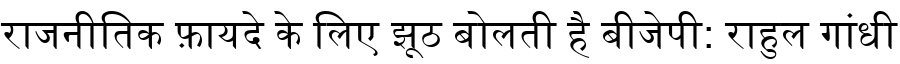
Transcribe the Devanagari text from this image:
राजनीतिक फ़ायदे के लिए झूठ बोलती है बीजेपी: राहुल गांधी